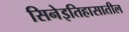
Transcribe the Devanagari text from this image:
सिनेइतिहासातील